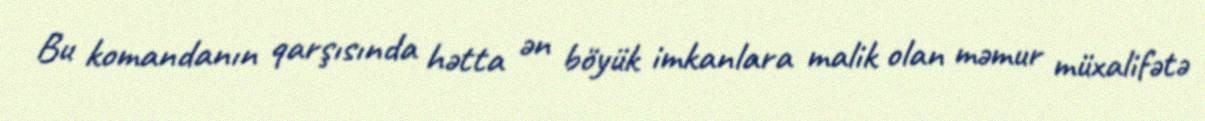
Bu komandanın qarşısında hətta ən böyük imkanlara malik olan məmur müxalifətə